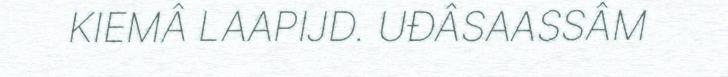
KIEMÂ LAAPIJD. UĐÂSAASSÂM